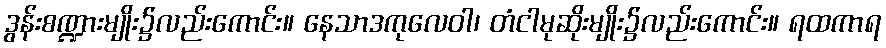
ဒွန်းစဏ္ဍားမျိုး၌လည်းကောင်း။ နေသာဒကုလေဝါ၊ တံငါမုဆိုးမျိုး၌လည်းကောင်း။ ရထကာရ